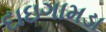
દાઇગામડા